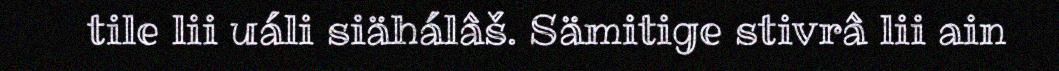
tile lii uáli siähálâš. Sämitige stivrâ lii ain